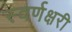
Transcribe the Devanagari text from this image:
स्वर्णक्षरी